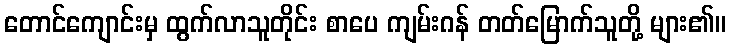
တောင်ကျောင်းမှ ထွက်လာသူတိုင်း စာပေ ကျမ်းဂန် တတ်မြောက်သူတို့ များ၏။